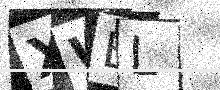
Text: XWEL